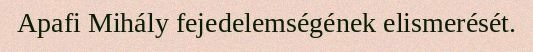
Apafi Mihály fejedelemségének elismerését.